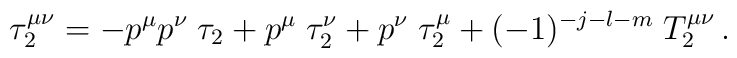
\tau_2^{\mu\nu}=-p^{\mu}p^{\nu}\;\tau_2+p^{\mu}\;\tau_2^{\nu}+p^{\nu}\;\tau_2^{\mu}+(-1)^{-j-l-m}\;T_2^{\mu\nu}\,.